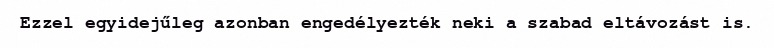
Ezzel egyidejűleg azonban engedélyezték neki a szabad eltávozást is.